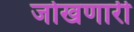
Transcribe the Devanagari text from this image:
जोखणारी